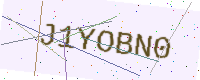
Text: J1YOBN0